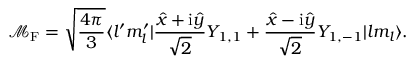
\mathcal { M } _ { \mathrm { { F } } } = \sqrt { \frac { 4 \pi } { 3 } } \langle l ^ { \prime } m _ { l } ^ { \prime } | \frac { \widehat { x } + \mathrm { i } \widehat { y } } { \sqrt { 2 } } Y _ { 1 , 1 } + \frac { \widehat { x } - \mathrm { i } \widehat { y } } { \sqrt { 2 } } Y _ { 1 , - 1 } | l m _ { l } \rangle .